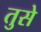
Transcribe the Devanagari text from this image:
तुसे